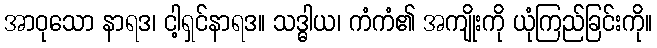
အာဝုသော နာရဒ၊ ငါ့ရှင်နာရဒ။ သဒ္ဓါယ၊ ကံကံ၏ အကျိုးကို ယုံကြည်ခြင်းကို။